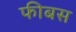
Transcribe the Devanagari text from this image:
फीबस